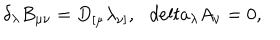
LaTeX: \delta _ { \lambda } B _ { \mu \nu } = D _ { [ \mu } \lambda _ { \nu ] } , \ \ \, d e l t a _ { \lambda } A _ { \nu } = 0 ,